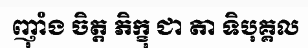
ញ៉ាំង ចិត្ត ភិក្ខុ ជា តា ទិបុគ្គល